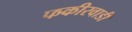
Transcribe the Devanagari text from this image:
फकीरवाडी